Scottish Leaving Certificate Examination, 1957
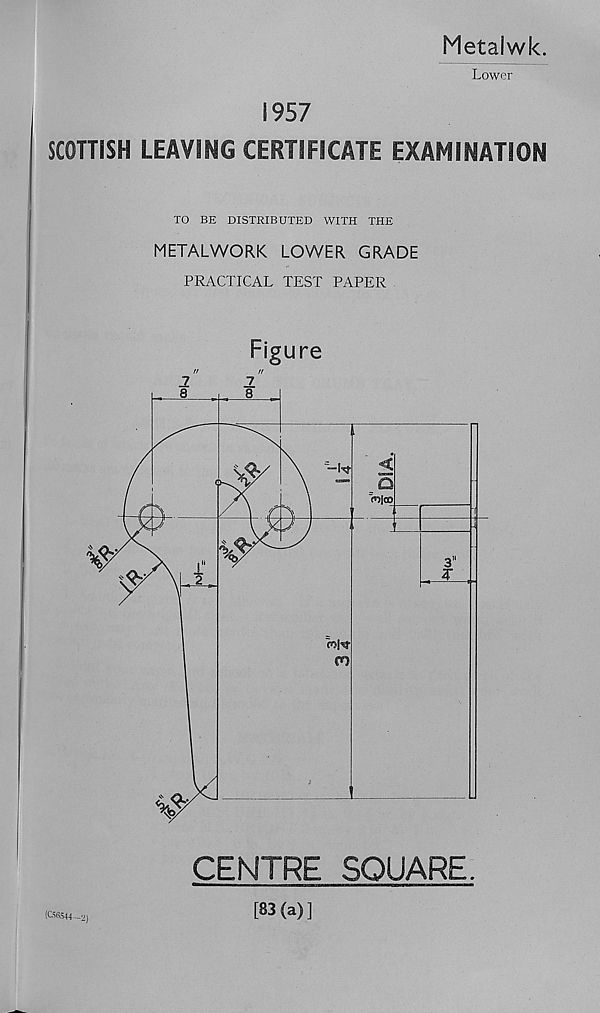
Metaiwk.
Lower
1957
SCOTTISH LEAVING CERTIFICATE EXAMINATION
TO BE DISTRIBUTED WITH THE
METALWORK LOWER GRADE
PRACTICAL TEST PAPER
Figure
CENTRE SQUARE.
(C56544-
[83(a)]